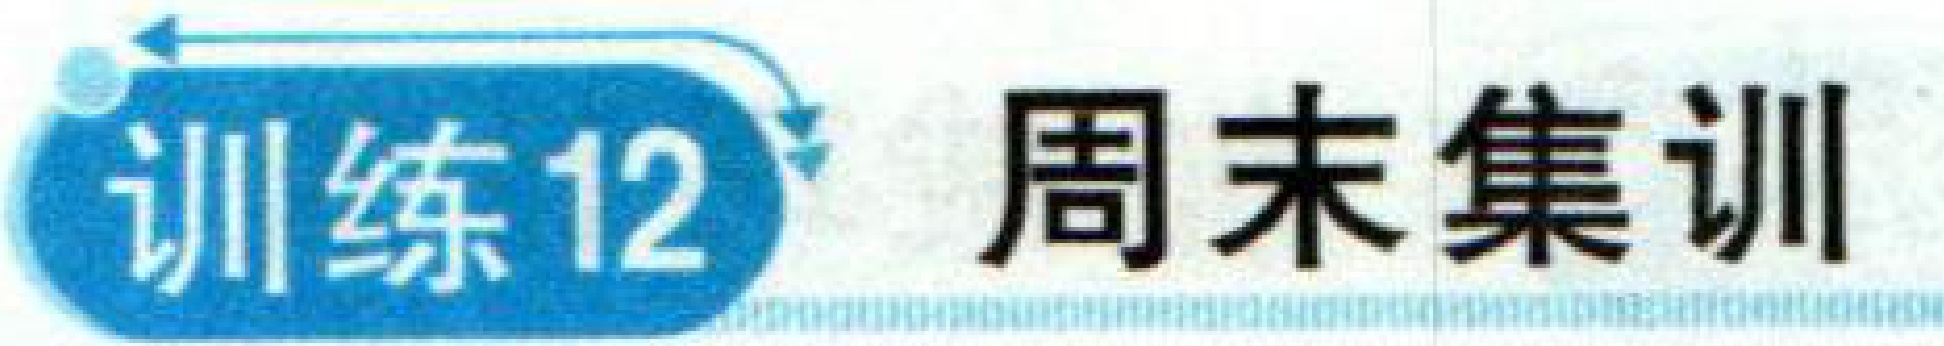
训练12 周末集训